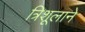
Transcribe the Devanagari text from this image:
त्रिशूलाने